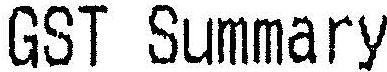
GST SUMMARY